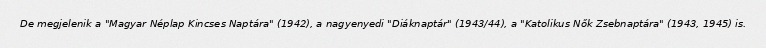
De megjelenik a "Magyar Néplap Kincses Naptára" (1942), a nagyenyedi "Diáknaptár" (1943/44), a "Katolikus Nők Zsebnaptára" (1943, 1945) is.